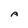
Character: A